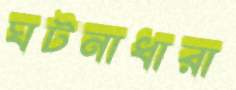
ঘটনাধারা